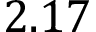
2 . 1 7